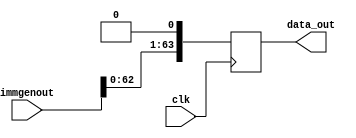
module shift_left(clk,immgenout,data_out);

input [63:0] immgenout;
input clk;
output reg [63:0] data_out;

always@(posedge clk)
  data_out= immgenout <<1 ;

endmodule